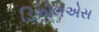
ડિએલએસ